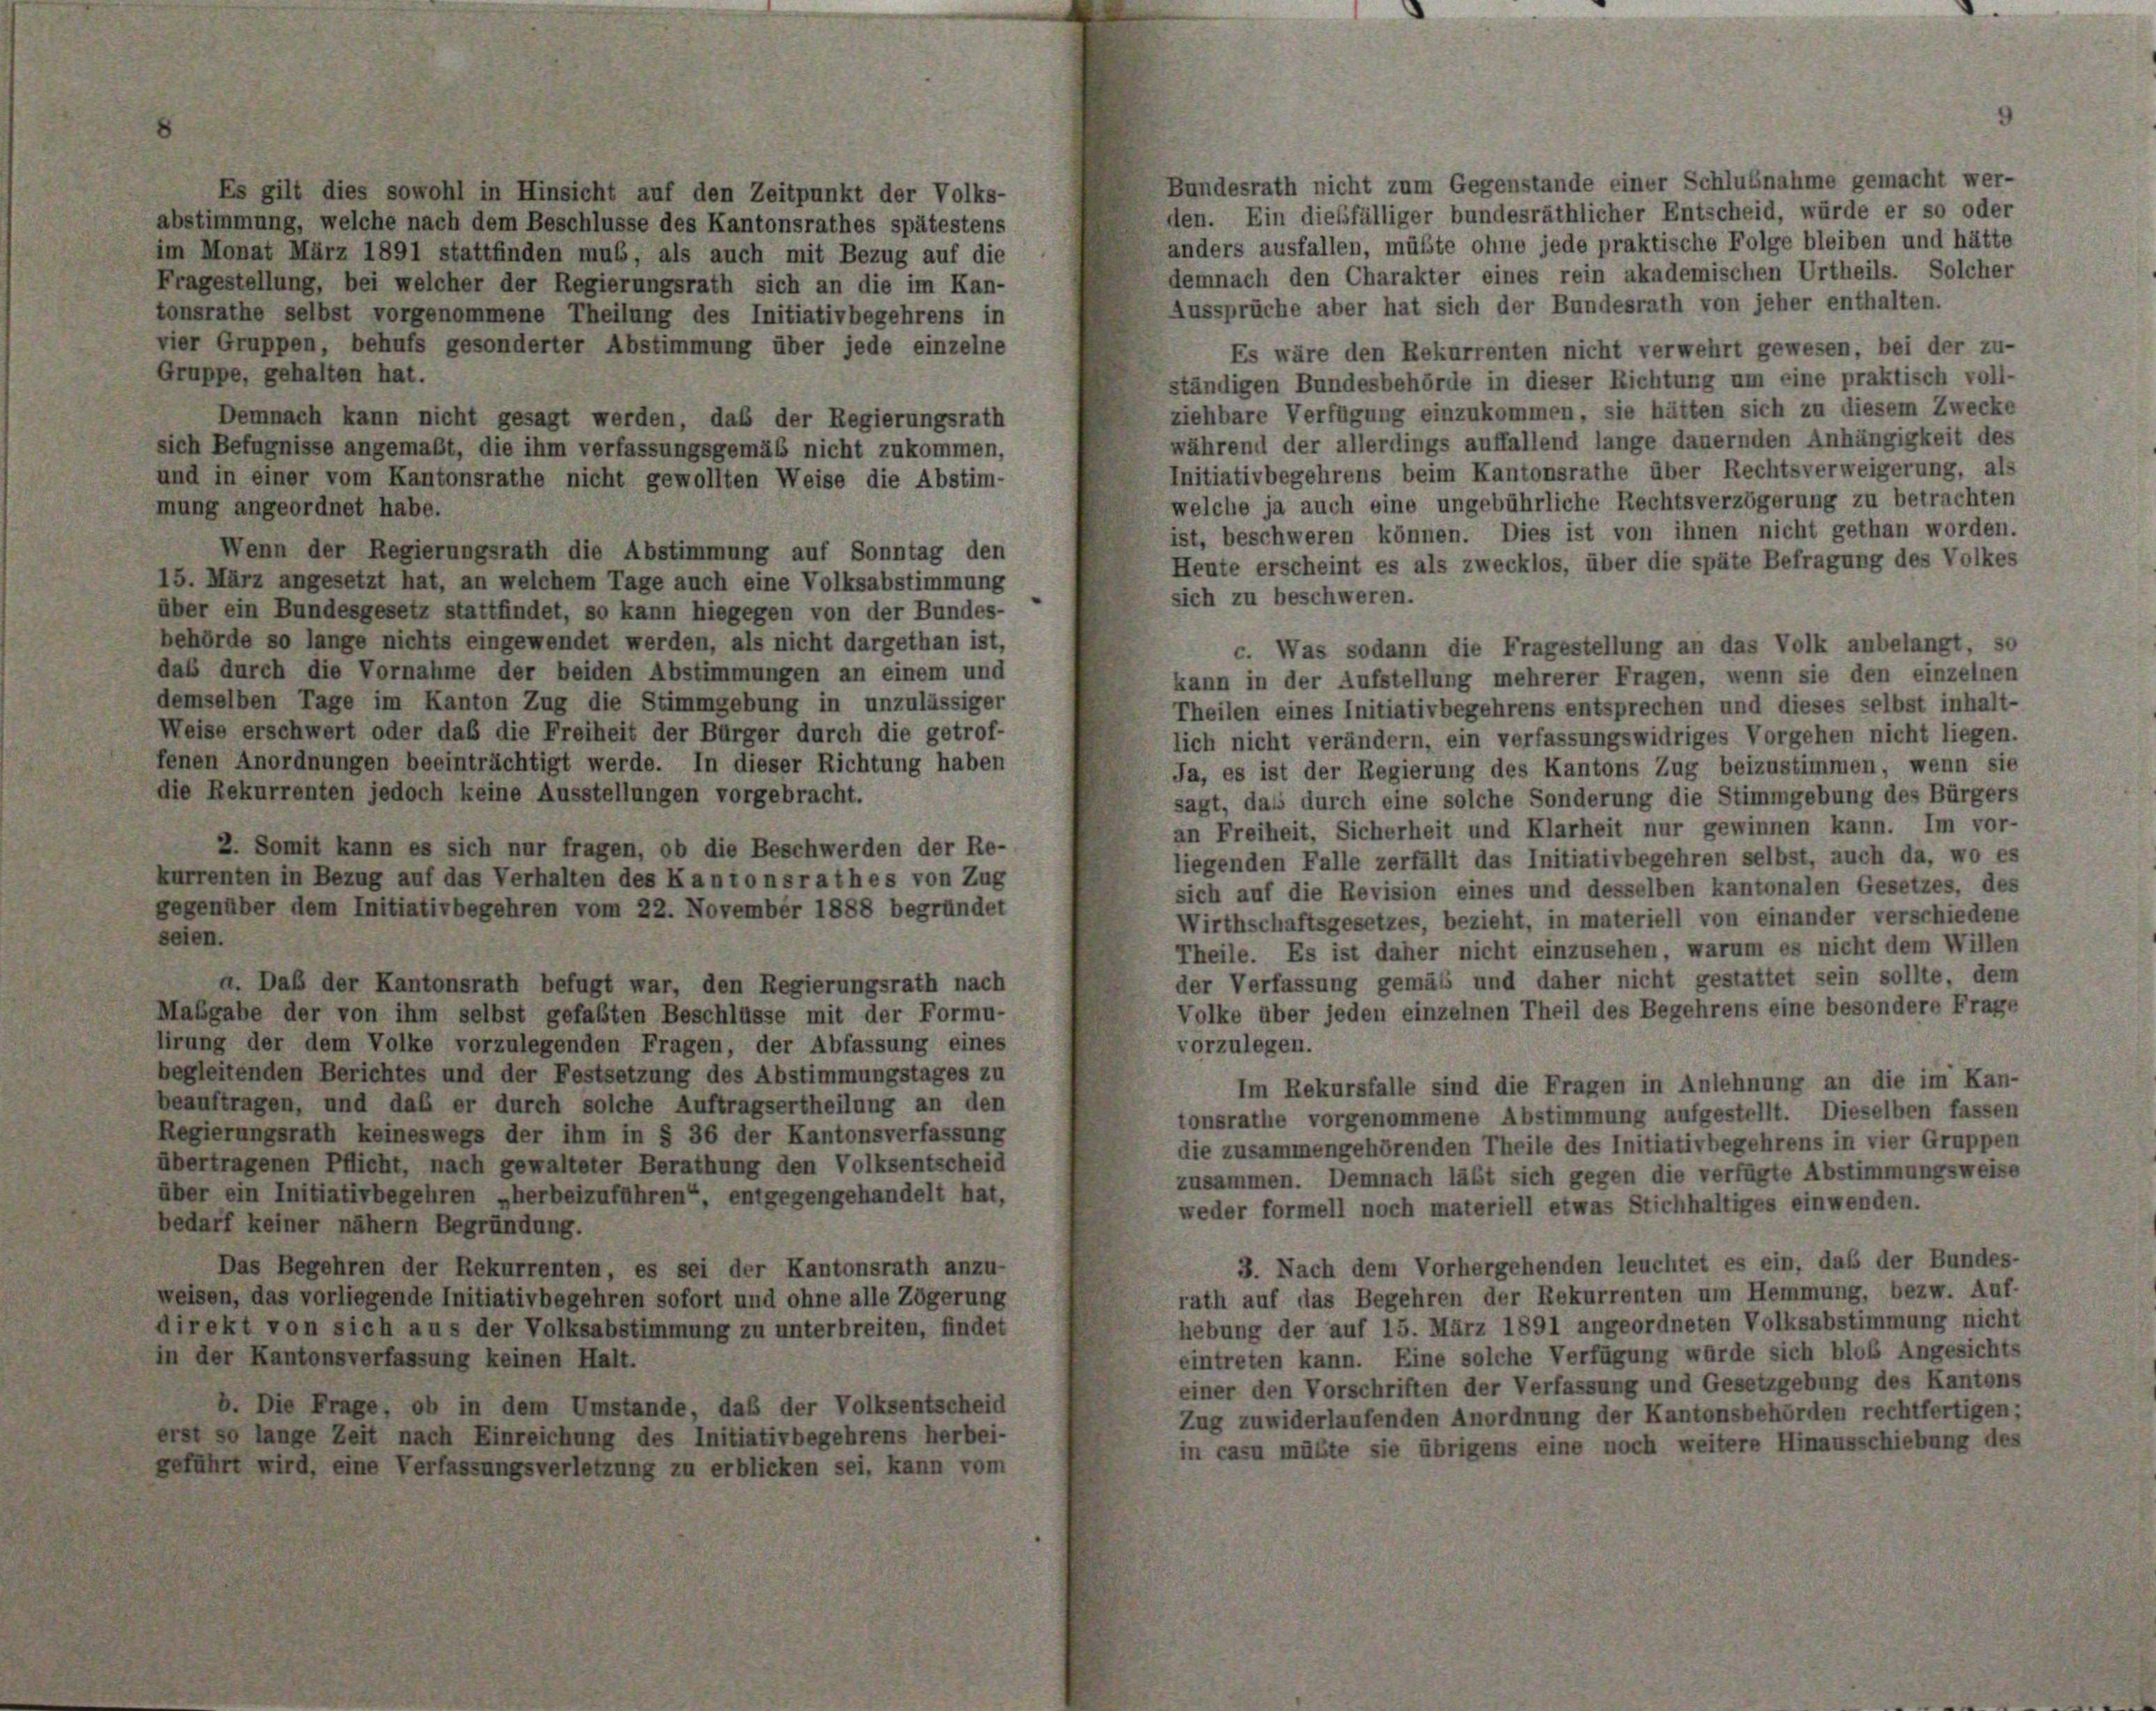
Es gilt dies sowohl in Hinsicht auf den Zeitpunkt der Volks-
abstimmung, welche nach dem Beschlüsse des Kantonsrathes spätestens
im Monat März 1891 stattfinden mus, als auch mit Bezug auf die
Fragestellung, bei welcher der Regierungsrath sich an die im Kan-
tonsrathe selbst vorgenommene Theilung des Initiativbegehrens in
vier Gruppen, behufs gesonderter Abstimmung über jede einzelne
Gruppe, gehalten hat.
Demnach kann nicht gesagt werden, daß der Regierungsrath
sich Befugnisse angemaßt, die ihm verfassungsgemäß nicht zukommen,
und in einer vom Kantonsrathe nicht gewollten Weise die Abstim-
mung angeordnet habe.
Wenn der Regierungsrath die Abstimmung auf Sonntag den
15. März angesetzt hat, an welchem Tage auch eine Volksabstimmung
über ein Bundesgesetz stattfindet, so kann hiegegen von der Bundes-
behörde so lange nichts eingewendet werden, als nicht dargethan ist,
c. Was sodann die Fragestellung an das Volk anbelangt, so
das durch die Vornahme der beiden Abstimmungen an einem und
kann in der Aufstellung mehrerer Fragen, wenn sie den einzelnen
demselben Tage im Kanton Zug die Stimmgebung in unzulässiger
Theilen eines Initiativbegehrens entsprechen und dieses selbst inhalt-
Weise erschwert oder das die Freiheit der Bürger durch die getrof-
lich nicht verändern, ein verfassungswidriges Vorgehen nicht liegen.
fenen Anordnungen beeinträchtigt werde. In dieser Richtung haben
Ja, es ist der Regierung des Kantons Zug beizustimmen, wenn sie
die Rekurrenten jedoch keine Ausstellungen vorgebracht.
sagt, dass durch eine solche Sonderung die Stimmgebung des Bürgers
an Freiheit, Sicherheit und Klarheit nur gewinnen kann. Im vor-
2. Somit kann es sich nur fragen, ob die Beschwerden der Re-
liegenden Falle zerfällt das Initiativbegehren selbst, auch da, wo es
kurrenten in Bezug auf das Verhalten des Kantonsrathes von Zug
sich auf die Revision eines und desselben kantonalen Gesetzes, des
gegenüber dem Initiativbegehren vom 22. November 1888 begründet
Wirthschaftsgesetzes, bezieht, in materiell von einander verschiedene
seien.
Theile. Es ist daher nicht einzusehen, warum es nicht dem Willen
der Verfassung gemäß und daher nicht gestattet sein sollte, dem
a. Daß der Kantonsrath befugt war, den Regierungsrath nach
Volke über jeden einzelnen Theil des Begehrens eine besondere Frage
Mabgabe der von ihm selbst gefaßten Beschlüsse mit der Formu-
lirung der dem Volke vorzulegenden Fragen, der Abfassung eines
vorzulegen.
begleitenden Berichtes und der Festsetzung des Abstimmungstages zu
Im Rekursfalle sind die Fragen in Anlehnung an die im Kan-
beauftragen, und daß er durch solche Auftragsertheilung an den
tonsrathe vorgenommene Abstimmung aufgestellt. Dieselben fassen
Regierungsrath keineswegs der ihm in § 36 der Kantonsverfassung
die zusammengehörenden Theile des Initiativbegehrens in vier Gruppen
übertragenen Pflicht, nach gewalteter Berathung den Volksentscheid
zusammen. Demnach läßt sich gegen die verfügte Abstimmungsweise
über ein Initiativbegehren „herbeizuführen“, entgegengehandelt hat,
weder formell noch materiell etwas Stichhaltiges einwenden.
bedarf keiner nähern Begründung.
3. Nach dem Vorhergehenden leuchtet es ein, daß der Bundes-
Das Begehren der Rekurrenten, es sei der Kantonsrath anzu-
rath auf das Begehren der Rekurrenten um Hemmung, bezw. Auf-
weisen, das vorliegende Initiativbegehren sofort und ohne alle Zögerung
hebung der auf 15. März 1891 angeordneten Volksabstimmung nicht
direkt von sich aus der Volksabstimmung zu unterbreiten, findet
eintreten kann. Eine solche Verfügung würde sich bloß Angesichts
in der Kantonsverfassung keinen Halt.
einer den Vorschriften der Verfassung und Gesetzgebung des Kantons
b. Die Frage, ob in dem Umstände, daß der Volksentscheid
Zug zuwiderlaufenden Anordnung der Kantonsbehörden rechtfertigen;
erst so lange Zeit nach Einreichung des Initiativbegehrens herbei-
in casu müßte sie übrigens eine noch weitere Hinausschiebung des
geführt wird, eine Verfassungsverletzung zu erblicken sei, kann vom

Bundesrath nicht zum Gegenstände einer Schlußnahme gemacht wer-
den. Ein diesfälliger bundesräthlicher Entscheid, würde er so oder
anders ausfallen, müßte ohne jede praktische Folge bleiben und hätte
demnach den Charakter eines rein akademischen Urtheils. Solcher
Aussprüche aber hat sich der Bundesrath von jeher enthalten.
Es wäre den Rekurrenten nicht verwehrt gewesen, bei der zu-
ständigen Bundesbehörde in dieser Richtung um eine praktisch voll-
ziehbare Verfügung einzukommen, sie hätten sich zu diesem Zwecke
während der allerdings auffallend lange dauernden Anhängigkeit des
Initiativbegehrens beim Kantonsrathe über Rechtsverweigerung, als
welche ja auch eine ungebührliche Rechtsverzögerung zu betrachten
ist, beschweren können. Dies ist von ihnen nicht gethan worden.
Heute erscheint es als zwecklos, über die späte Befragung des Volkes
sich zu beschweren.